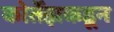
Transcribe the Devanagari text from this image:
कोर्तेझकडून